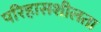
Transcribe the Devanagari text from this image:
परिहासशीलता